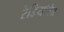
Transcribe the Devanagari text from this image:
रेडियोवेव